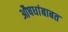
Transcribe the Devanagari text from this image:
औषधांबाबत